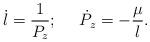
LaTeX: \begin{align*}\dot l =\frac{1}{P_z};~~~~\dot P_z = - \frac\mu {l}.\end{align*}